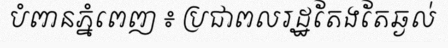
បំពានភ្នំពេញ ៖ ប្រជាពលរដ្ឋតែងតែឆ្ងល់